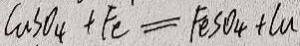
C u S O _ { 4 } + F e = F e S O _ { 4 } + C u